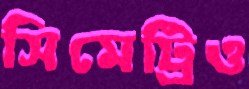
সিমেট্রিও